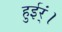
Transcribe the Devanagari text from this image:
हुईर्ं।